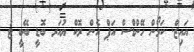
އައިޒް. ކަމޯން ހޭންޑްސް އަޕް އެން ރޮކް ޔުއަރ ބޮޑީ ބޭބީ ޓު